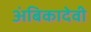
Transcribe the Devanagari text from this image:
अंबिकादेवी